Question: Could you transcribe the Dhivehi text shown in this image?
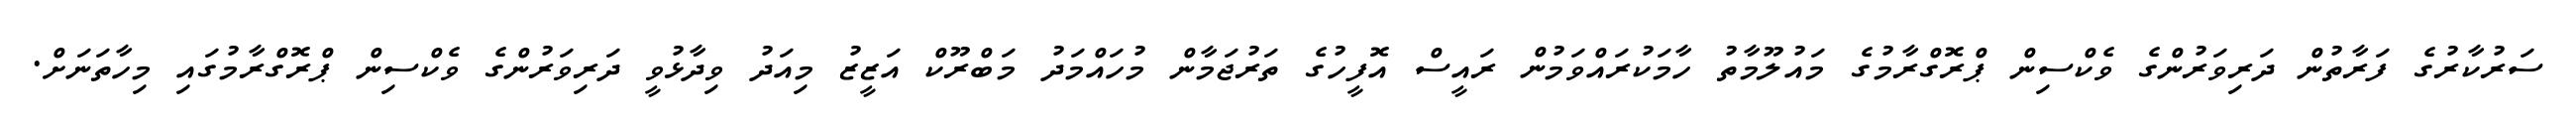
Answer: ސަރުކާރުގެ ފަރާތުން ދަރިވަރުންގެ ވެކްސިން ޕްރޮގްރާމުގެ މައުލޫމާތު ހާމަކުރައްވަމުން ރައީސް އޮފީހުގެ ތަރުޖަމާން މުހައްމަދު މަބްރޫކް އަޒީޒު މިއަދު ވިދާޅުވީ ދަރިވަރުންގެ ވެކްސިން ޕްރޮގްރާމުގައި މިހާތަނަށް.